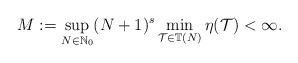
LaTeX: \begin{align*}M:=\sup_{N\in\mathbb{N}_0}(N+1)^s\min_{\mathcal{T}\in\mathbb{T}(N)}\eta(\mathcal{T})<\infty. \end{align*}